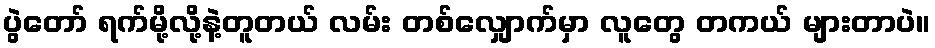
ပွဲတော် ရက်မို့လို့နဲ့တူတယ် လမ်း တစ်လျှောက်မှာ လူတွေ တကယ် များတာပဲ။